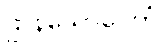
ဌာနသောဝေတံ